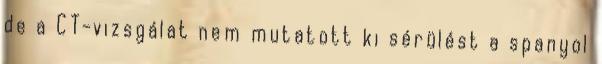
de a CT-vizsgálat nem mutatott ki sérülést a spanyol